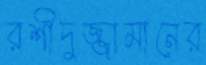
রশীদুজ্জামানের